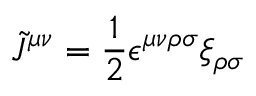
\tilde { J } ^ { \mu \nu } = \frac { 1 } { 2 } \epsilon ^ { \mu \nu \rho \sigma } \xi _ { \rho \sigma }